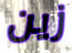
زين